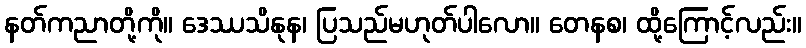
နတ်ကညာတို့ကို။ ဒေဿသိနုန၊ ပြသည်မဟုတ်ပါလော။ တေနစ၊ ထို့ကြောင့်လည်း။